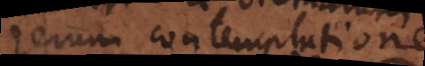
rerum contemplatione